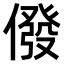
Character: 𠎆